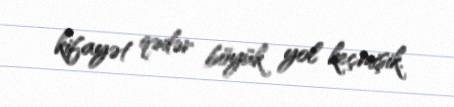
kifayət qədər böyük yol keçmişik.